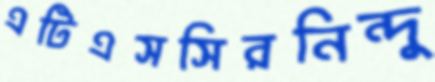
এটিএসসিরনিন্দু